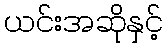
ယင်းအဆိုနှင့်